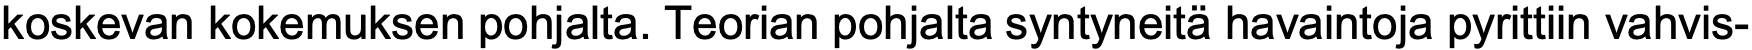
koskevan kokemuksen pohjalta. Teorian pohjalta syntyneitä havaintoja pyrittiin vahvis-